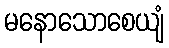
မနောသောစေယျံ